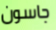
جاسون